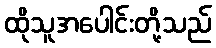
ထိုသူအပေါင်းတို့သည်